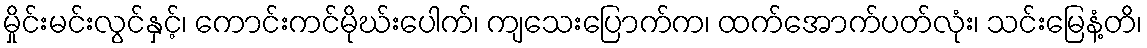
မှိုင်းမင်းလွင်နှင့်၊ ကောင်းကင်မိုဃ်းပေါက်၊ ကျသေးပြောက်က၊ ထက်အောက်ပတ်လုံး၊ သင်းမြေနံ့တိ၊